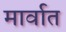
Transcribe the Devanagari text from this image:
मार्वात